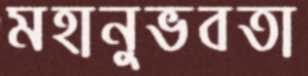
মহানুভবতা